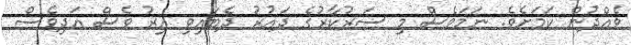
ވެއްދުން ކަމަށެވެ. ނަމަވެސް މި ސަރުކާރުގެ ދައުރު ދެބައިވި އިރު ވެސް އަދިވެސް